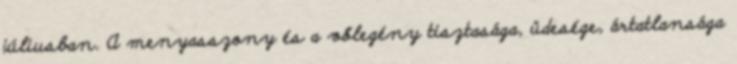
júliusban. A menyasszony és a vőlegény tisztasága, üdesége, ártatlansága